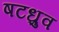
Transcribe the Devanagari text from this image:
षटध्रुव